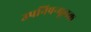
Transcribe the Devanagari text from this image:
उपनिषन्मूलक